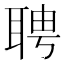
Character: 聘